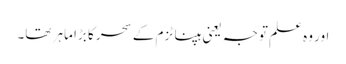
اور وہ علم توجہ یعنی ہپناٹزم کے سحر کا بڑا ماہر تھا۔